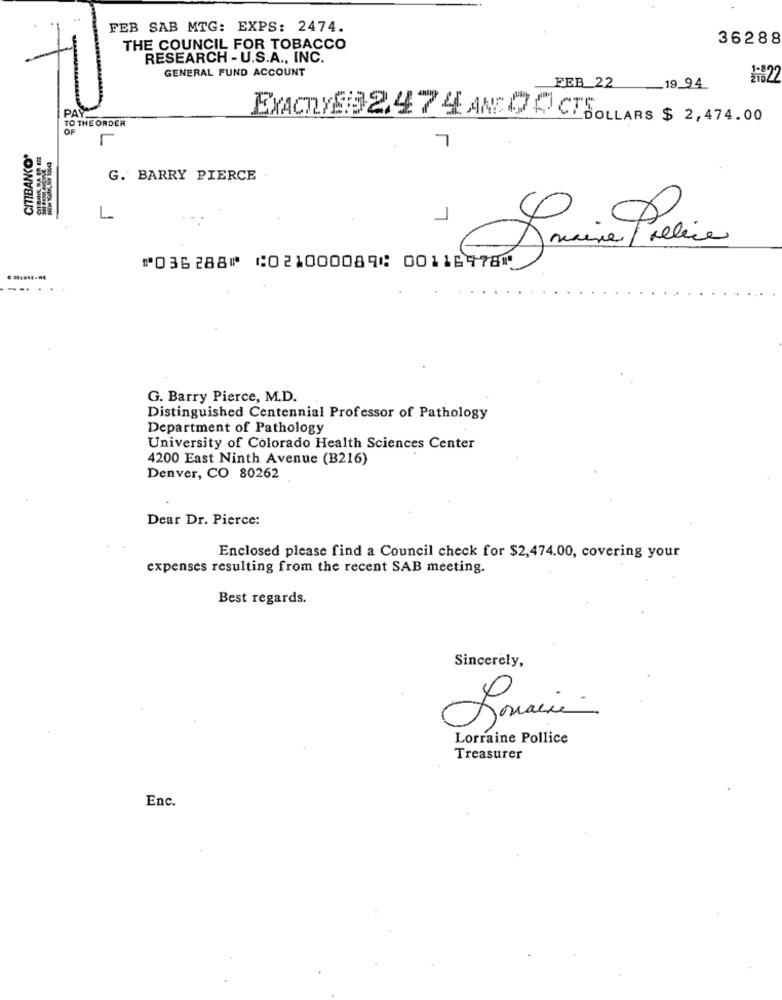
FEB SAB MTG: EXPS: 2474.
36288
THE COUNCIL FOR TOBACCO
RESEARCH - U.S.A ., INC.
GENERAL FUND ACCOUNT
FEB 22
19.94
PAY
TO THE ORDER
EXACTLY:3 2.474 AND DO CTDOLARS $ 2,474.00
OF
CITIBANKCO'
7
G. BARRY PIERCE
L
Janina Preline
⑈036288⑈ ⑆021000089⑆ 00116978⑈
G. Barry Pierce, M.D.
Distinguished Centennial Professor of Pathology
Department of Pathology
University of Colorado Health Sciences Center
4200 East Ninth Avenue (B216)
Denver, CO 80262
Dear Dr. Pierce:
Enclosed please find a Council check for $2,474.00, covering your
expenses resulting from the recent SAB meeting.
Best regards.
Sincerely,
Limaci
Lorraine Pollice
Treasurer
Enc.